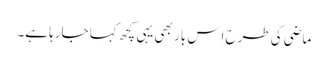
ماضی کی طرح اِس بار بھی یہی کچھ کہا جارہا ہے۔